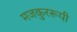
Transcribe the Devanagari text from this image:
मजकुररूपी